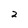
Character: 2